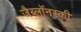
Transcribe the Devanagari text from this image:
जैब्लाॅनस्की